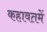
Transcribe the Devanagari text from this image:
कहावतमें